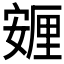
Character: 𡪸